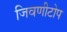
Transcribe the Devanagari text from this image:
जिवणीटोप